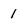
Character: 1